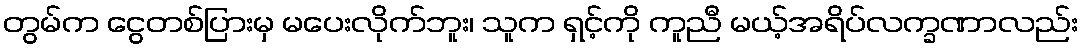
တွမ်က ငွေတစ်ပြားမှ မပေးလိုက်ဘူး၊ သူက ရှင့်ကို ကူညီ မယ့်အရိပ်လက္ခဏာလည်း